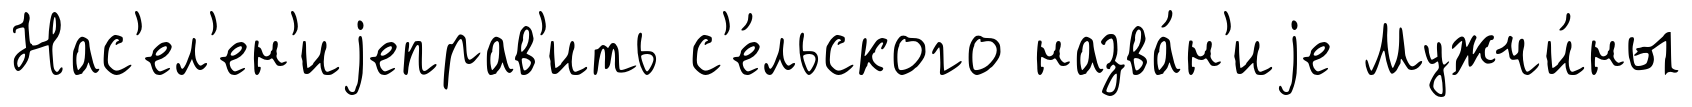
Нас'ел'ен'иjеправ'ить с'е́льского назва́н'иjе Мужчи́ны